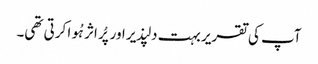
آپ کی تقریر بہت دلپذیر اور پُر اثر ہُوا کرتی تھی۔